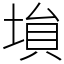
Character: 𡎖